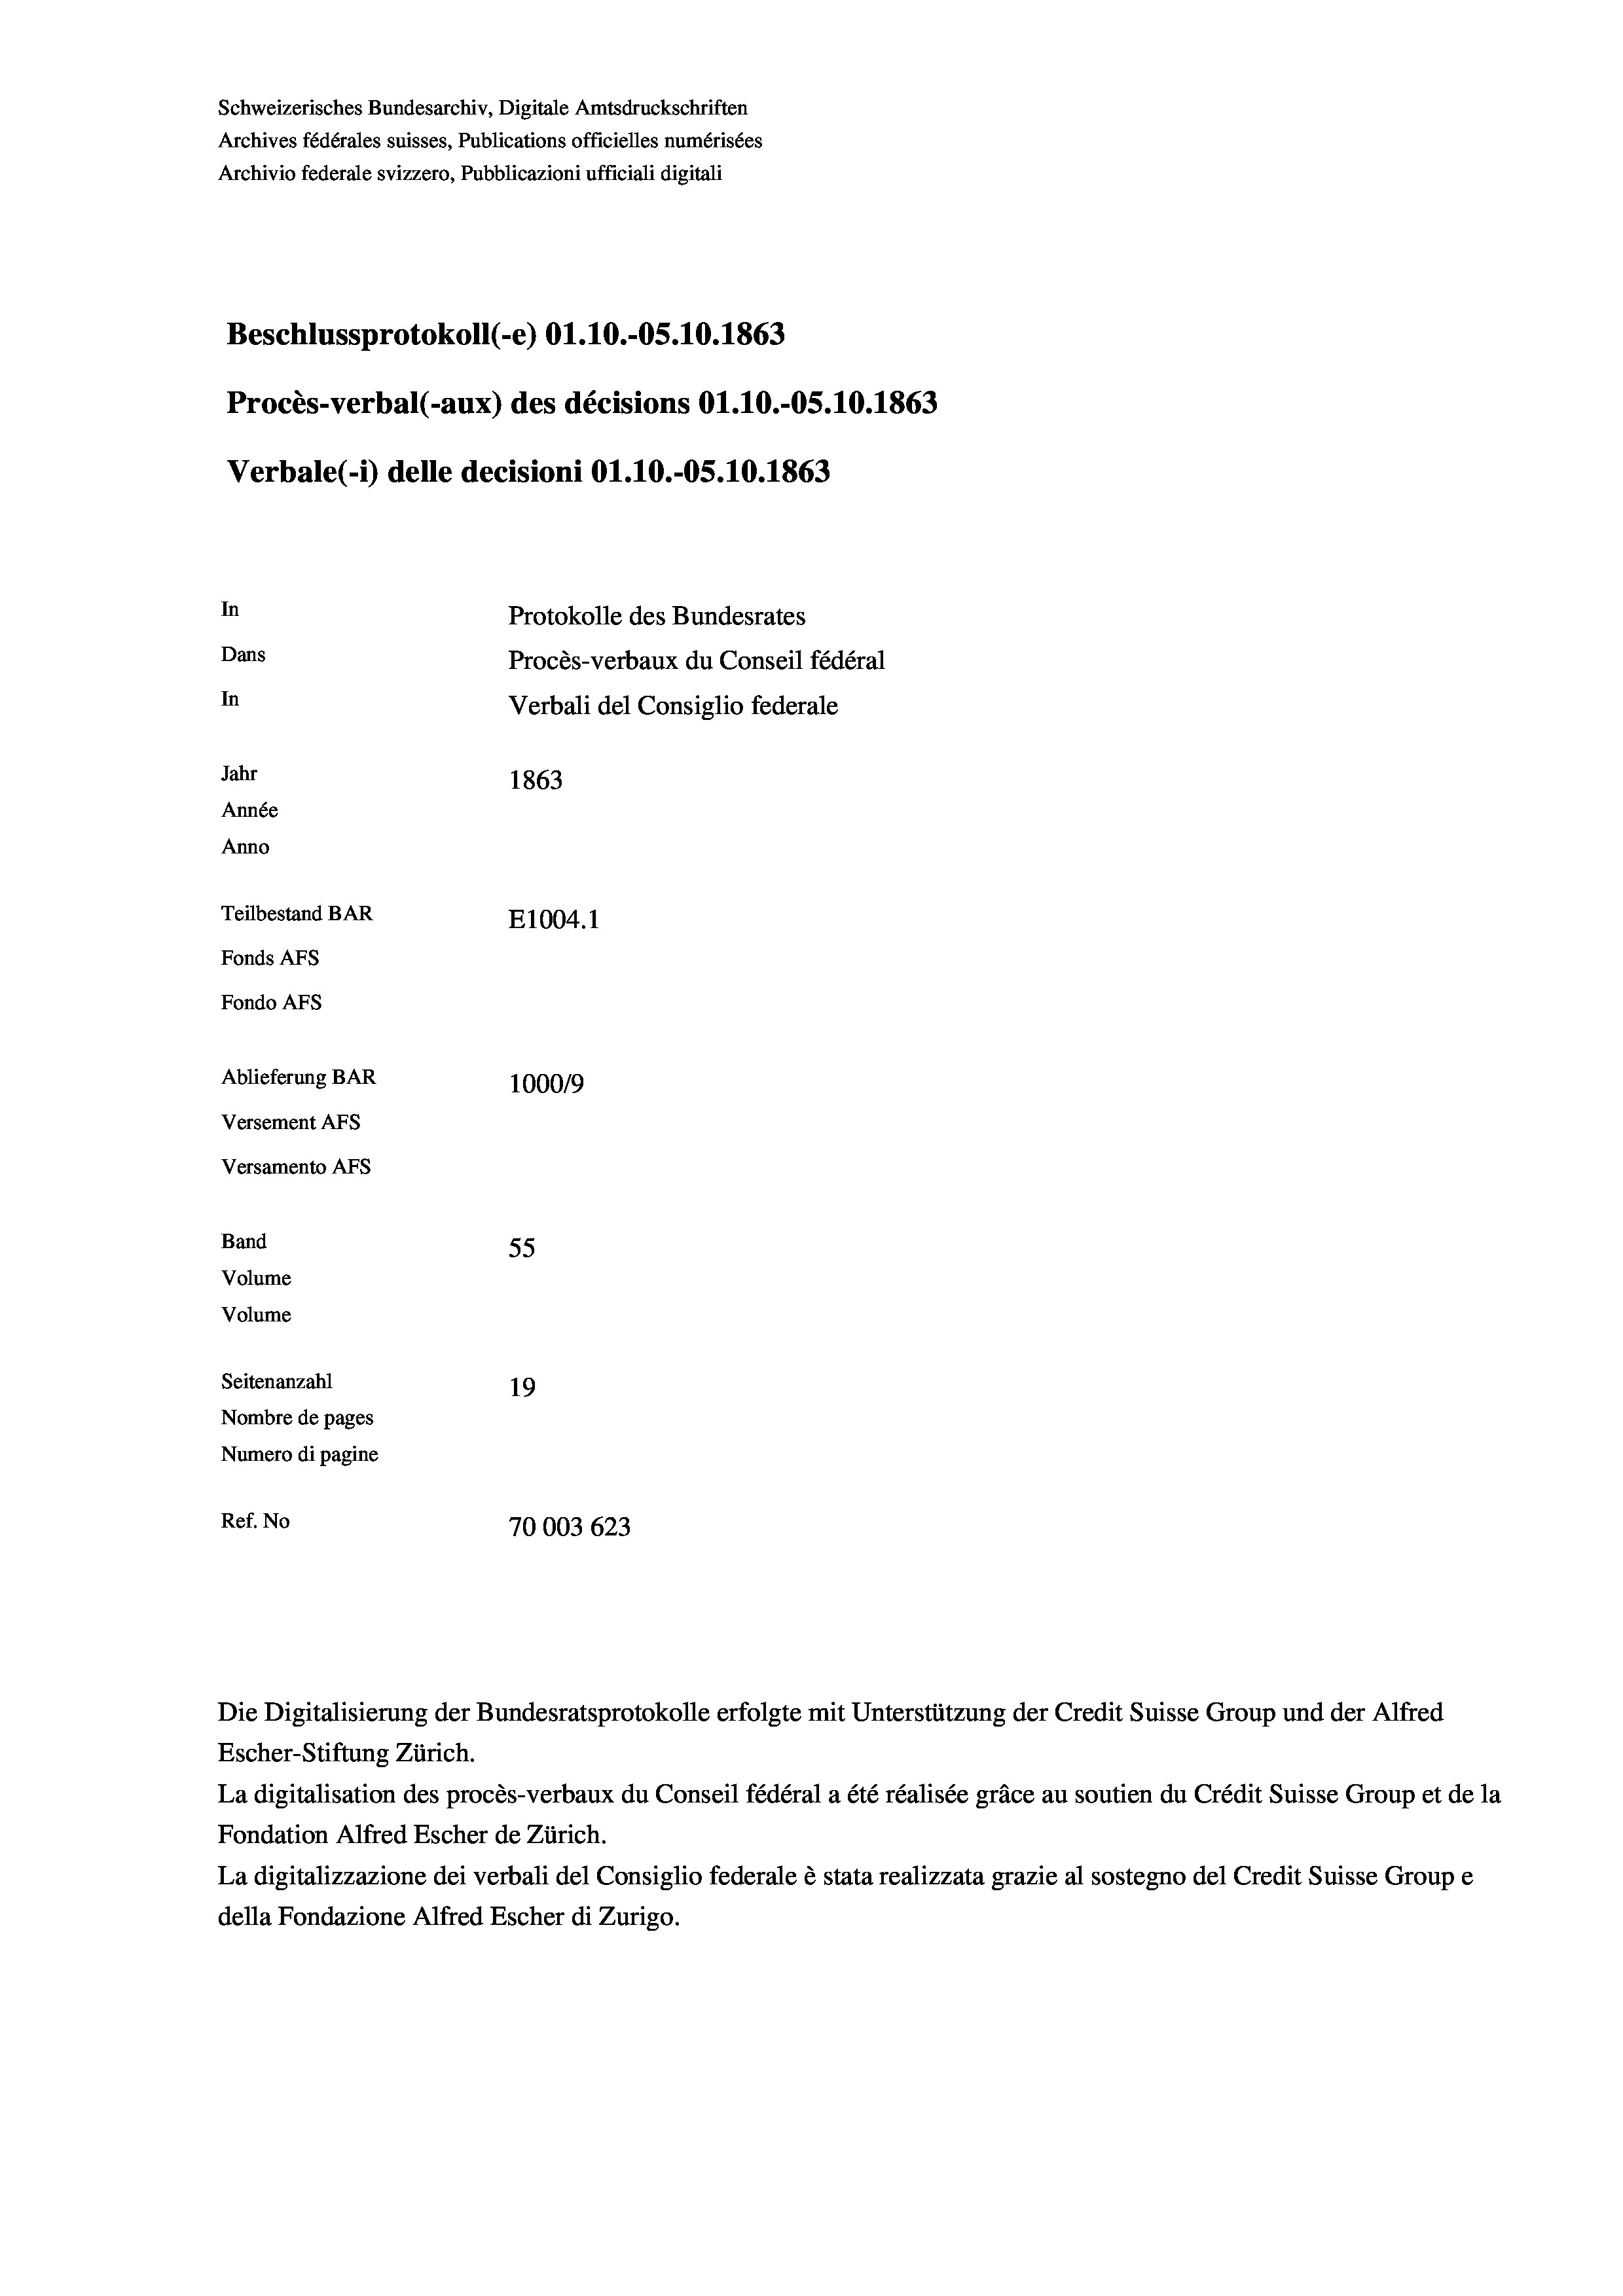
Schweizerisches Bundesarchiv, Digitale Amtsdruckschriften
Archives fédérales suisses, Publications officielles numérisées
Archivio federale svizzero, Pubblicazioni ufficiali digitali
Beschlussprotokoll (-e) O1.10.-05. 10. 1863
Procès-verbal (-aux) des décisions O1.10.-OS.10.1863
Verbale (- 1) delle decisioni O1.10.-O5.10.1863
In
Protokolle des Bundesrates
Dans
Procès-verbaux du Conseil fédéral
In
Verbali del Consiglio federale
Jahr
1863
Année
Anno
Teilbestand BAR
E1004.1
Fonds AFs
Fondo AFs
Ablieferung BAR
100019
Versement AFs

Versamento AFs
Band
Volume
Volume
Seitenanzahl

55
19
Nombre de pages
Numero di pagine
Ref. No
70003623

Escher-Stiftung Zürich.
La digitalisation des procès-verbaux du Conseil fédéral a été réalisée gräce au soutien du Crédit Suisse Group et de la
Fondation Alfred Escher de Zürich.
La digitalizzazione dei verbali del Consiglio federale è stata realizzata grazie al sostegno del Credit Suisse Groupe
della Fondazione Alfred Escher di Zurigo.

Die Digitalisierung der Bundesratsprotokolle erfolgte mit Unterstützung der Credit Suisse Group und der Alfred